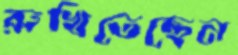
রুখিতেছেন